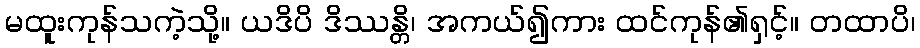
မထူးကုန်သကဲ့သို့။ ယဒိပိ ဒိဿန္တိ၊ အကယ်၍ကား ထင်ကုန်၏ရှင့်။ တထာပိ၊